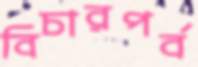
বিচারপর্ব